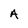
Character: A